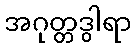
အဂုတ္တဒွါရာ